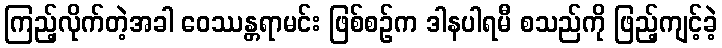
ကြည့်လိုက်တဲ့အခါ ဝေဿန္တရာမင်း ဖြစ်စဉ်က ဒါနပါရမီ စသည်ကို ဖြည့်ကျင့်ခဲ့